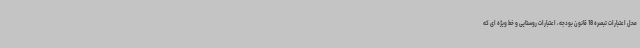
محل اعتبارات تبصره 18 قانون بودجه، اعتبارات روستایی و خط ویژه ای که